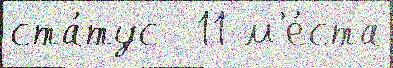
ста́тус  11 м'е́ста